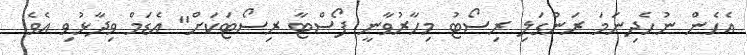
އެހެން ނުހެދިނަމަ ރަންގަލި ރިސޯޓު މިހާރުވާނީ ފޯސްޓާ ރިސޯޓަކަށް" އެޑަމް ވިދާޅުވި އެވެ.